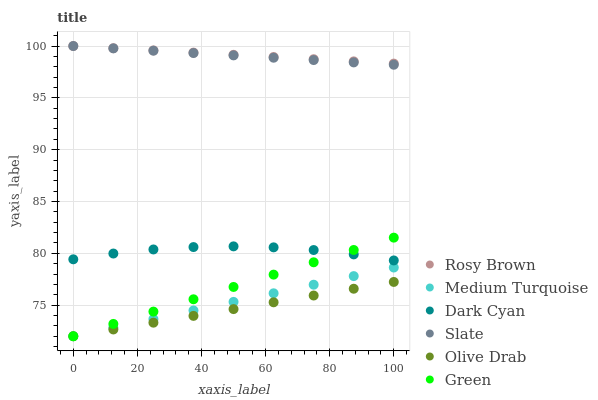
| xaxis_label | Rosy Brown | Medium Turquoise | Dark Cyan | Slate | Olive Drab | Green |
 | --- | --- | --- | --- | --- | --- | --- |
 | 0 | 100 | 72 | 79.4 | 100 | 72 | 72 |
 | 12.5 | 99.8 | 72.8 | 80 | 99.8 | 72.7 | 73.2 |
 | 25 | 99.6 | 73.7 | 80.4 | 99.5 | 73.3 | 74.4 |
 | 37.5 | 99.4 | 74.5 | 80.6 | 99.3 | 74 | 75.6 |
 | 50 | 99.2 | 75.3 | 80.7 | 99.1 | 74.6 | 76.8 |
 | 62.5 | 98.9 | 76.1 | 80.6 | 98.9 | 75.3 | 77.9 |
 | 75 | 98.7 | 77 | 80.3 | 98.6 | 75.9 | 79.1 |
 | 87.5 | 98.5 | 77.8 | 79.9 | 98.4 | 76.6 | 80.3 |
 | 100 | 98.3 | 78.6 | 79.3 | 98.2 | 77.2 | 81.5 |